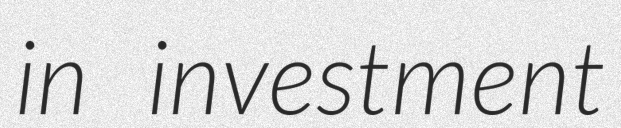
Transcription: in investment